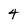
Character: 4